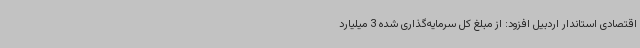
اقتصادی استاندار اردبیل افزود: از مبلغ کل سرمایه‌گذاری شده 3 میلیارد